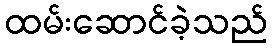
ထမ်းဆောင်ခဲ့သည်